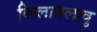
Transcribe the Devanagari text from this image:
किलावलावु